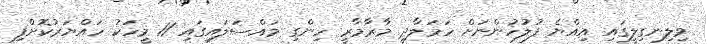
ވިލިނގިލީގައި އިއްޔެ ފުލުހުންނަށް ހަމަލާދީ މާރާމާރީ ހިންގި މައްސަލައިގައި 11 މީހަކު ހައްޔަރުކޮށްފި